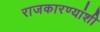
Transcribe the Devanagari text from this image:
राजकारण्यांशी